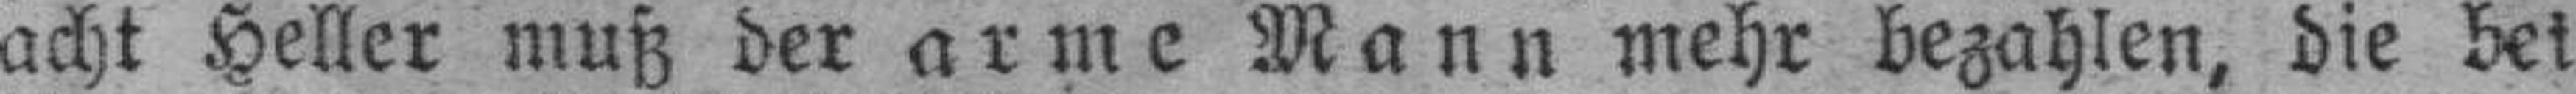
acht Heller muß der arme Mann mehr bezahlen, die bei